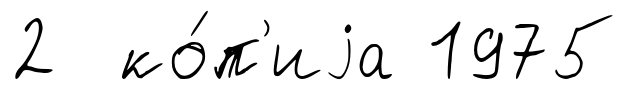
2 ко́п'иjа 1975